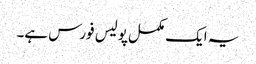
یہ ایک مکمل پولیس فورس ہے۔